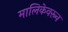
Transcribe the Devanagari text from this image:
मालिकेवरून